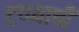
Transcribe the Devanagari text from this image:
टप्प्याची